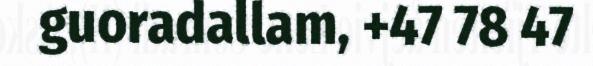
guoradallam, +47 78 47